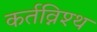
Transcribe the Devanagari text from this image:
कर्तव्निश्थ